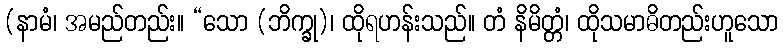
(နာမံ၊ အမည်တည်း။ “သော (ဘိက္ခု)၊ ထိုရဟန်းသည်။ တံ နိမိတ္တံ၊ ထိုသမာဓိတည်းဟူသော